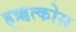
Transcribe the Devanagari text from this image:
ह्ऋत्कोस